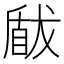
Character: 瞂